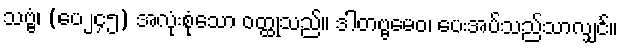
သဗ္ဗံ၊ (ပေ၂၄၅) အလုံးစုံသော ဝတ္ထုသည်။ ဒါတဗ္ဗမေဝ၊ ပေးအပ်သည်သာလျှင်။